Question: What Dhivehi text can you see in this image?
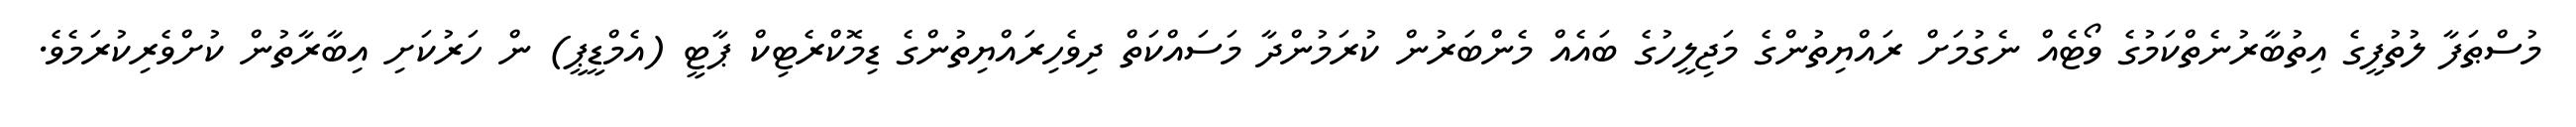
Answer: މުސްޠަފާ ލުތުފީގެ އިތުބާރުނެތްކަމުގެ ވޯޓެއް ނެގުމަށް ރައްޔިތުންގެ މަޖިލީހުގެ ބައެއް މެންބަރުން ކުރަމުންދާ މަސައްކަތް ދިވެހިރައްޔިތުންގެ ޑިމޮކްރެޓިކް ޕާޓީ (އެމްޑީޕީ) ން ހަރުކަށި އިބާރާތުން ކުށްވެރިކުރަމެވެ.